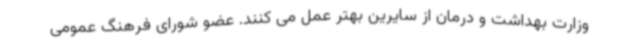
وزارت بهداشت و درمان از سایرین بهتر عمل می کنند. عضو شورای فرهنگ عمومی